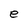
Character: e